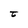
Character: t